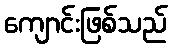
ကျောင်းဖြစ်သည်